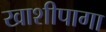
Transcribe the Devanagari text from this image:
खाशीपागा